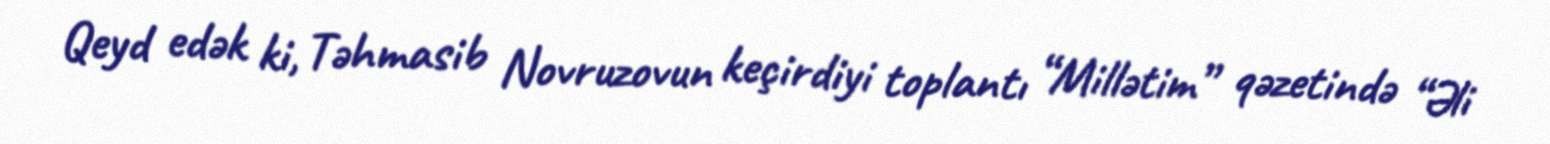
Qeyd edək ki, Təhmasib Novruzovun keçirdiyi toplantı “Millətim” qəzetində “Əli